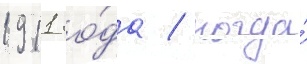
1911 го́да / когда́